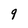
Character: 9